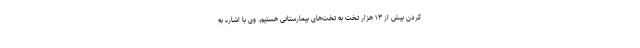
کردن بیش از ۱۳ هزار تخت به تخت‌های بیمارستانی هستیم. وی با اشاره به